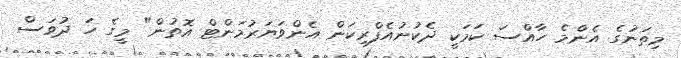
މިތަނުގެ އެންމެ ހާއްސަ ކަމަކީ ދެކުނުއެފްރިކަން އެންވަޔަރުމަންޓް އޮތުން" މީގެ ހަ ދުވަސް